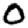
Digit: 0